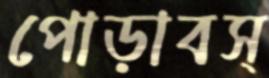
পোড়াবস্